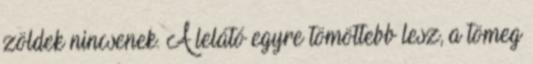
zöldek nincsenek. A lelátó egyre tömöttebb lesz, a tömeg